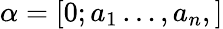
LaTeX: \alpha=[0;a_{1}\ldots,a_{n},]